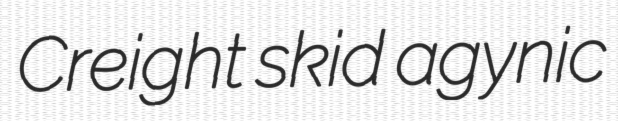
Creight skid agynic